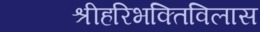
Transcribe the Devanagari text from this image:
श्रीहरिभक्तिविलास